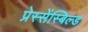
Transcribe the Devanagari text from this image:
प्रेस्सेंस्बिल्ड